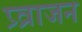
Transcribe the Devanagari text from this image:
प्र्व्राजन